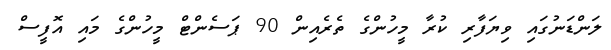
ލަންޑަނުގައި ވިޔަފާރި ކުރާ މީހުންގެ ތެރެއިން 90 ޕަސެންޓް މީހުންގެ މައި އޮފީސް